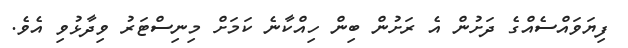
ފިޔަވައްސެއްގެ ދަށުން އެ ރަށުން ބިން ހިއްކާނެ ކަމަށް މިނިސްޓަރު ވިދާޅުވި އެވެ.